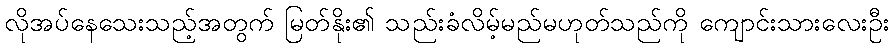
လိုအပ်နေသေးသည့်အတွက် မြတ်နိုး၏ သည်းခံလိမ့်မည်မဟုတ်သည်ကို ကျောင်းသားလေးဦး